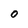
Character: 0